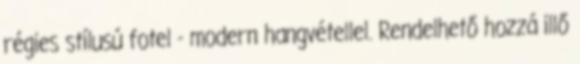
régies stílusú fotel - modern hangvétellel. Rendelhető hozzá illő